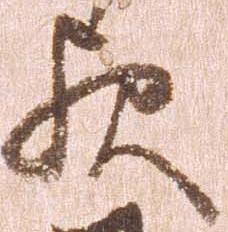
歟